Report of the Municipal Commissioner on the plague in Bombay for the year ending 31st May... - Volume 1
Disease focus: Plague
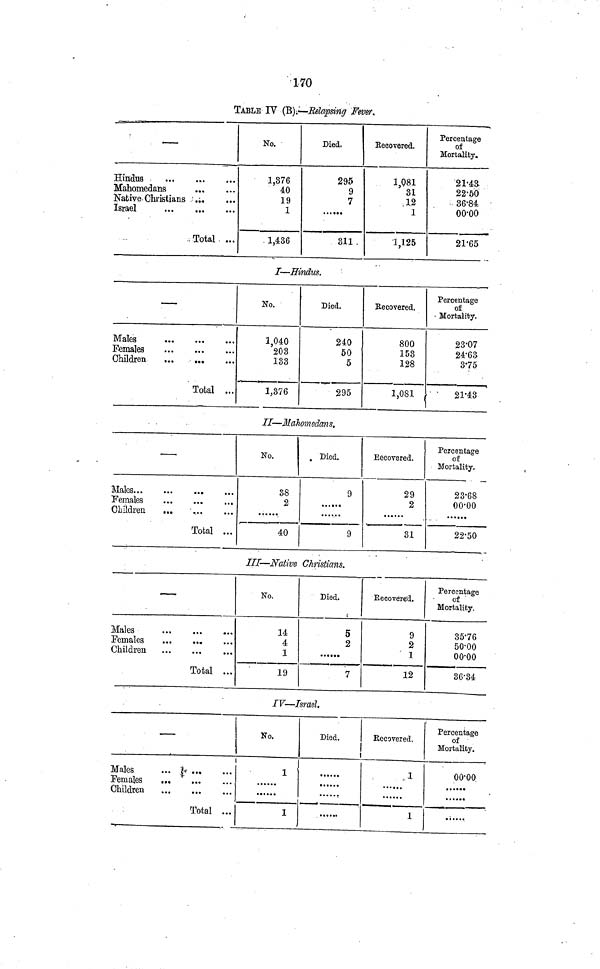
170
TABLE IV (B).—-Relapsing Fever.
—
Hindus
Mahomedans
Native
Christians
Israel
Total
No.
1,376
40
19
1
1,436
Died.
295
9
7
......
311
Recovered.
1.081
31
12
1
1,125
Percentage
of
Mortality.
21·43
22·50
36·84
00·00
21'65
I—Hindus.
—
Males
Females
Children
Total
No.
1,040
203
133
1,376
Died.
240
50
5
295
Recovered.
800
153
128
1,081
Percentage
of
Mortality.
23·07
24·63
3-75
21·43
II—Mahomedans.
Males
Females
Children
Total
No.
38
2
40
Died.
9
9
Recovered.
29
2
31
Percentage
of
Mortality.
23·68
00·00
22·50
III—Native Christians.
—
Males
Females
Children
Total
No.
14
4
1
19
Died.
5
2
7
Recovered.
9
2
1
12
Percentage
of
Mortality.
35·76
50·00
00·00
36·34
IV—Israel.
—
Males
Females
Children
Total
No.
1
1
Died.
......
Recovered.
1
1
Percentage
of
Mortality.
00·00